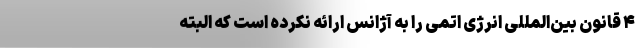
۴ قانون بین‌المللی انرژی اتمی را به آژانس ارائه نکرده است که البته